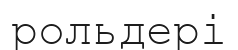
рольдері